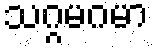
သဂ္ဂမဂမာ